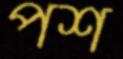
পশ